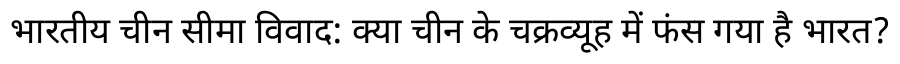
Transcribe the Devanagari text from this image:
भारतीय चीन सीमा विवाद: क्या चीन के चक्रव्यूह में फंस गया है भारत?